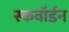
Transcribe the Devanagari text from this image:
स्कवाॅर्डन